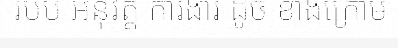
របប អនុវត្ត ការងារ ដូច ខាងក្រោម